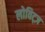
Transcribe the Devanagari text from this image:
लोविट्ज़